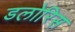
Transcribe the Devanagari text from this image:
डलोरिस